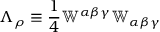
\Lambda _ { \rho } \equiv \frac { 1 } { 4 } \mathbb { W } ^ { \alpha \beta \gamma } \mathbb { W } _ { \alpha \beta \gamma }